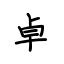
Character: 卓